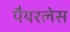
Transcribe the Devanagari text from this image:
पैयरलेस